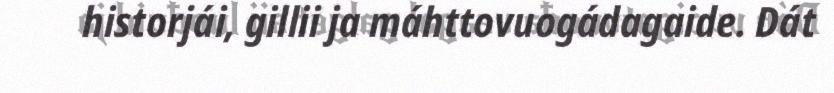
historjái, gillii ja máhttovuogádagaide. Dát